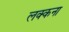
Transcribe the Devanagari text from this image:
लक्कना